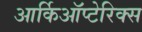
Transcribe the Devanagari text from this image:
आर्किऑप्टेरिक्स